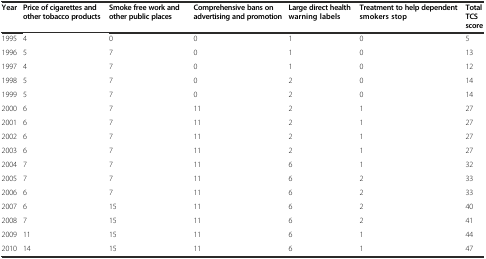
| Year | Price of cigarettes and other tobacco products | Smoke free work and other public places | Comprehensive bans on advertising and promotion | Large direct health warning labels | Treatment to help dependent smokers stop | Total TCS score |
 | --- | --- | --- | --- | --- | --- | --- |
 | 1995 | 4 | 0 | 0 | 1 | 0 | 5 |
 | 1996 | 5 | 7 | 0 | 1 | 0 | 13 |
 | 1997 | 4 | 7 | 0 | 1 | 0 | 12 |
 | 1998 | 5 | 7 | 0 | 2 | 0 | 14 |
 | 1999 | 5 | 7 | 0 | 2 | 0 | 14 |
 | 2000 | 6 | 7 | 11 | 2 | 1 | 27 |
 | 2001 | 6 | 7 | 11 | 2 | 1 | 27 |
 | 2002 | 6 | 7 | 11 | 2 | 1 | 27 |
 | 2003 | 6 | 7 | 11 | 2 | 1 | 27 |
 | 2004 | 7 | 7 | 11 | 6 | 1 | 32 |
 | 2005 | 7 | 7 | 11 | 6 | 2 | 33 |
 | 2006 | 6 | 7 | 11 | 6 | 2 | 33 |
 | 2007 | 6 | 15 | 11 | 6 | 2 | 40 |
 | 2008 | 7 | 15 | 11 | 6 | 2 | 41 |
 | 2009 | 11 | 15 | 11 | 6 | 1 | 44 |
 | 2010 | 14 | 15 | 11 | 6 | 1 | 47 |